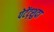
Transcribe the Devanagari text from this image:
पेटेंट्शुदा